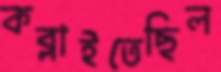
কব্‌লাইতেছিল